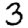
Digit: 3